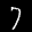
Label: 7